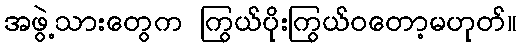
အဖွဲ့သားတွေက ကြွယ်ပိုးကြွယ်ဝတော့မဟုတ်။